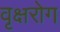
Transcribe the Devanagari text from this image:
वृक्षरोग